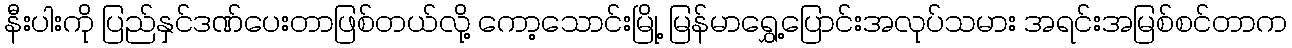
နီးပါးကို ပြည်နှင်ဒဏ်ပေးတာဖြစ်တယ်လို့ ကော့သောင်းမြို့ မြန်မာရွှေ့ပြောင်းအလုပ်သမား အရင်းအမြစ်စင်တာက